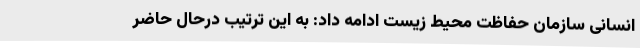
انسانی سازمان حفاظت محیط زیست ادامه داد: به این ترتیب درحال‌ حاضر